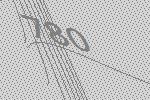
780